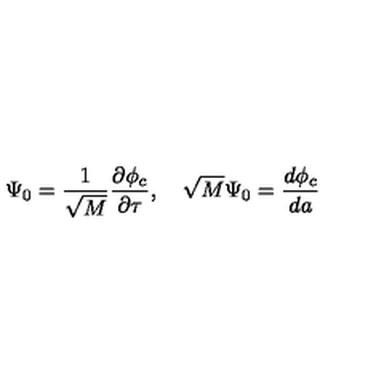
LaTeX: \Psi _ { 0 } = \frac { 1 } { \sqrt { M } } \frac { \partial \phi _ { c } } { \partial \tau } , \quad \sqrt { M } \Psi _ { 0 } = \frac { d \phi _ { c } } { d a }